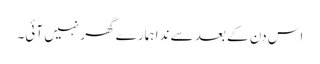
اس دن کے بعد سے ندا ہمارے گھر نہیں آئی۔